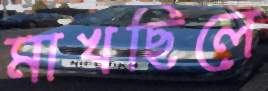
মাখছিলে